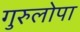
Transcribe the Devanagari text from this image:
गुरुलोपा